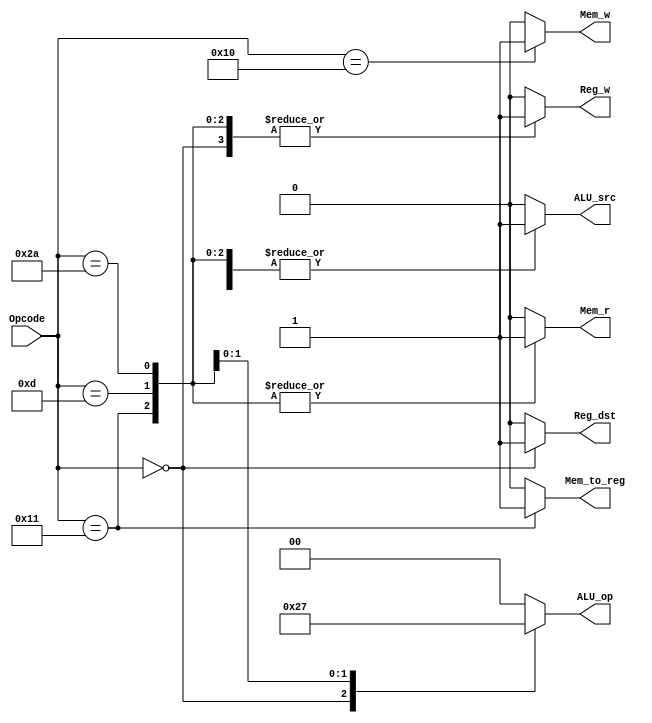
module Control
(
    input [5:0] Opcode,
    output reg Reg_dst,
    output reg Reg_w,
    output reg [1:0] ALU_op,
    output reg ALU_src,
    output reg Mem_w,
    output reg Mem_r,
    output reg Mem_to_reg
);

always @(*) begin
    case(Opcode)
    6'b000000: // R type
        begin
            Reg_dst = 1'b1; // rd
            Reg_w = 1'b1;   // Write to register rd
            ALU_op = 2'b10; // R type
            ALU_src = 1'b0; // R type
            Mem_w = 1'b0;   // Not used data memory
            Mem_r = 1'b0;   // Not used data memory
            Mem_to_reg = 1'b0;  // data from ALU
        end
    6'b010001: // LW
        begin
            Reg_dst = 1'b0; // write to rt
            Reg_w = 1'b1;   // Write to register rt
            ALU_op = 2'b00; // ADDU
            ALU_src = 1'b1; // I type
            Mem_w = 1'b0;   // Not write data memory
            Mem_r = 1'b1;   // Read data memory
            Mem_to_reg = 1'b1; // data from memory
        end
    6'b010000: // SW
        begin
            Reg_dst = 1'b0; // write to rt
            Reg_w = 1'b0;   // not write to register
            ALU_op = 2'b00; // ADDU
            ALU_src = 1'b1; // I type
            Mem_w = 1'b1;  // Write data memory (store)
            Mem_r = 1'b0;  // Don't care
            Mem_to_reg = 1'b0;  // Don't care
        end
    6'b001101: // Subiu
        begin
            Reg_dst = 1'b0; // write to rt
            Reg_w = 1'b1;   // write to register
            ALU_op = 2'b01; // SUBU
            ALU_src = 1'b1; // I type
            Mem_w = 1'b0;  // Not write data memory
            Mem_r = 1'b1;  // Don't care
            Mem_to_reg = 1'b0;  // data from ALU
        end
    6'b101010: // SLTI
        begin
            Reg_dst = 1'b0; // write to rt
            Reg_w = 1'b1;   // write to register
            ALU_op = 2'b11; // SLTI
            ALU_src = 1'b1; // I type
            Mem_w = 1'b0;  // Not write data memory
            Mem_r = 1'b1;  // Don't care
            Mem_to_reg = 1'b0;  // data from ALU
        end
    default:
        begin
            Reg_dst = 1'b0; // write to rt
            Reg_w = 1'b0;   // not write to register
            ALU_op = 2'b00; // ADDU
            ALU_src = 1'b0; // R type
            Mem_w = 1'b0;  // Not write data memory
            Mem_r = 1'b0;  // Not read data memory
            Mem_to_reg = 1'b0;  // data from ALU
        end
endcase
end

endmodule